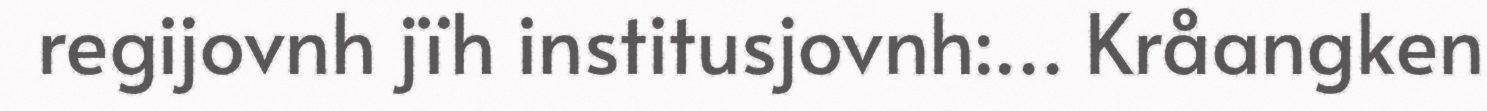
regijovnh jïh institusjovnh:… Kråangken